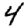
Digit: 4